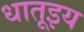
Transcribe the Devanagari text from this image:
धातूइय